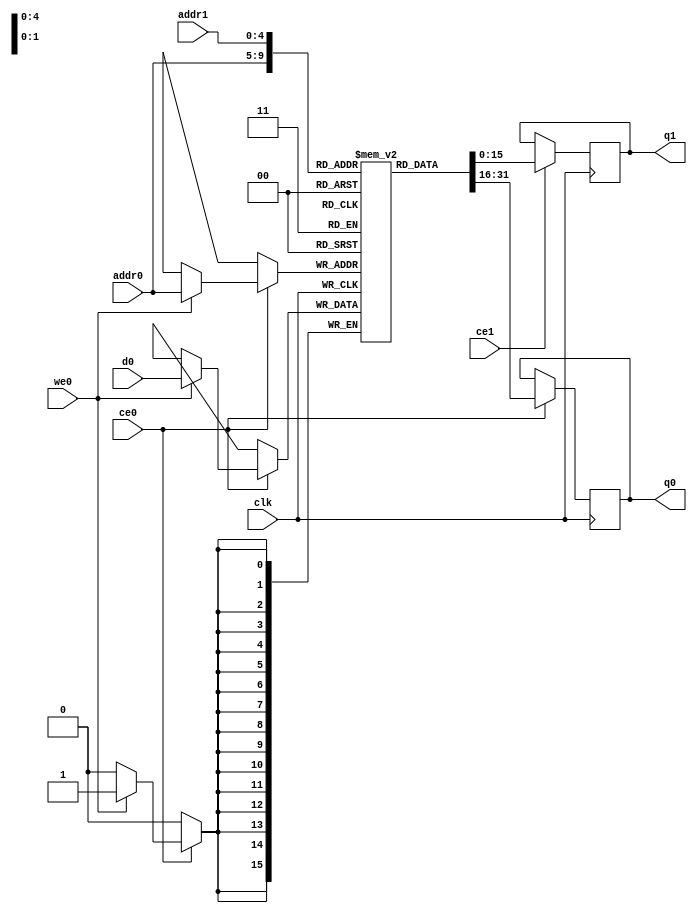
`define EXPONENT 5
`define MANTISSA 10
`define ACTUAL_MANTISSA 11
`define EXPONENT_LSB 10
`define EXPONENT_MSB 14
`define MANTISSA_LSB 0
`define MANTISSA_MSB 9
`define MANTISSA_MUL_SPLIT_LSB 3
`define MANTISSA_MUL_SPLIT_MSB 9
`define SIGN 1
`define SIGN_LOC 15
`define DWIDTH (`SIGN+`EXPONENT+`MANTISSA)
`define IEEE_COMPLIANCE 1

module td_fused_top_dataflow_in_loop_TOP_LOOP16_products_0_memcore_ram (addr0, ce0, d0, we0, q0, addr1, ce1, q1,  clk);

parameter DWIDTH = 16;
parameter AWIDTH = 5;
parameter MEM_SIZE = 27;

input[AWIDTH-1:0] addr0;
input ce0;
input[DWIDTH-1:0] d0;
input we0;
output reg[DWIDTH-1:0] q0;
input[AWIDTH-1:0] addr1;
input ce1;
output reg[DWIDTH-1:0] q1;
input clk;

reg [DWIDTH-1:0] ram[MEM_SIZE-1:0];




always @(posedge clk)  
begin 
    if (ce0) begin
        if (we0) 
            ram[addr0] <= d0; 
        q0 <= ram[addr0];
    end
end


always @(posedge clk)  
begin 
    if (ce1) begin
        q1 <= ram[addr1];
    end
end


endmodule